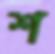
শ